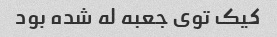
کیک توی جعبه له شده بود